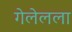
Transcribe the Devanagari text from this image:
गेलेलला